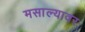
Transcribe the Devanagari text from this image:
मसाल्यावर